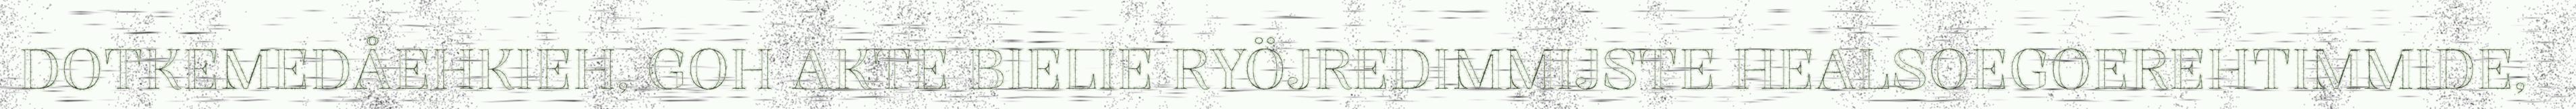
DOTKEMEDÅEHKIEH, GOH AKTE BIELIE RYÖJREDIMMIJSTE HEALSOEGOEREHTIMMIDE,